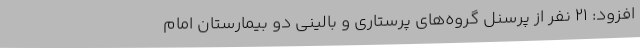
افزود: 21 نفر از پرسنل گروه‌های پرستاری و بالینی دو بیمارستان امام